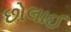
છોલાઈ